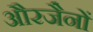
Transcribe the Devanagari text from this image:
औरजैनों